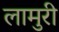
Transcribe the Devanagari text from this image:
लामुरी